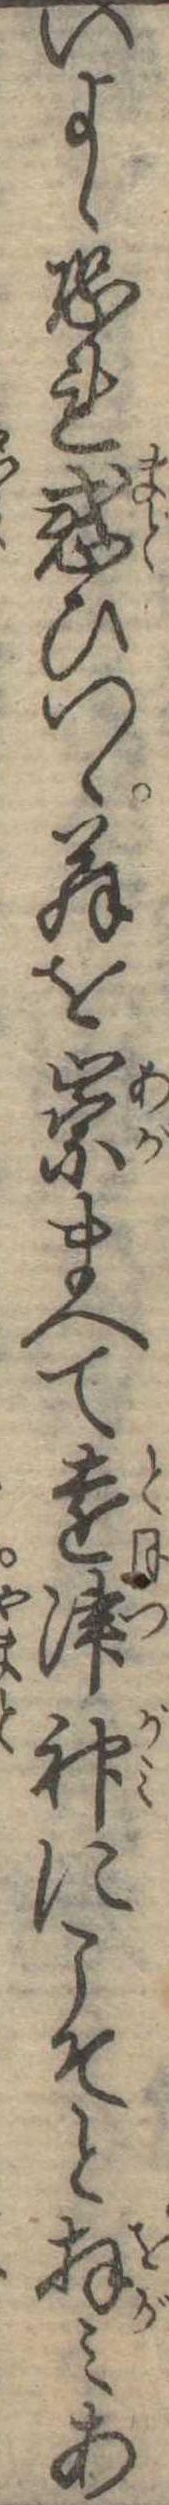
いよゝ恐れ惑ひつゝ翁を崇まへて遠津神にこそと拝みあ